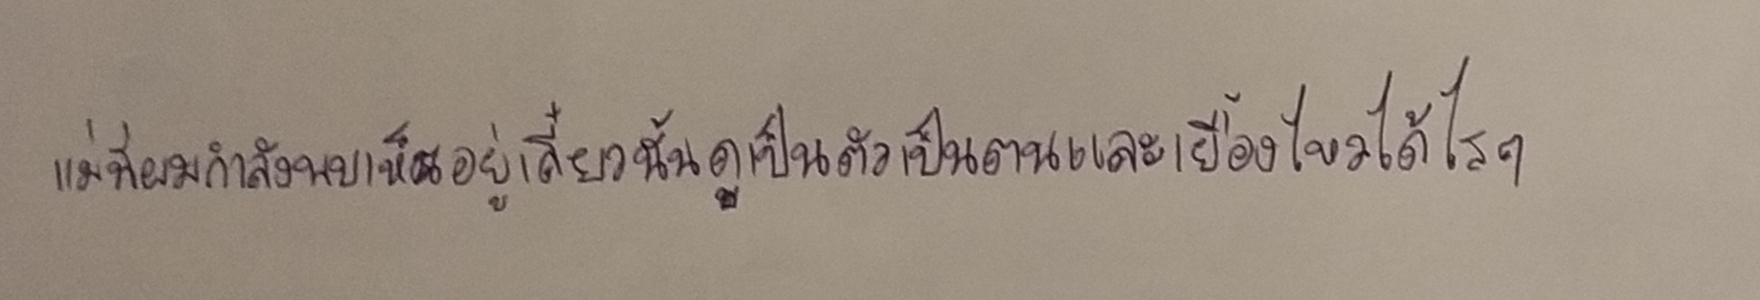
แม่ที่ผมกำลังพบเห็นอยู่เดี๋ยวนั้นดูเป็นตัวเป็นตนและเยื้องไหวได้ไรๆ